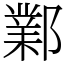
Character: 鄴